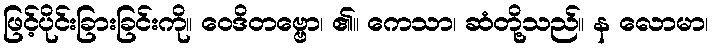
ဖြင့်ပိုင်းခြားခြင်းကို။ ဝေဒိတဗ္ဗော၊ ၏။ ကေသာ၊ ဆံတို့သည်။ န လောမာ၊